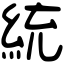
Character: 統